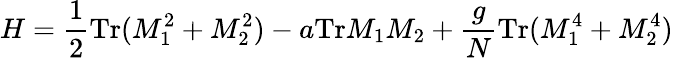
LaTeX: H={\frac{1}{2}}\mathrm{Tr}(M_{1}^{2}+M_{2}^{2})-a\mathrm{Tr}M_{1}M_{2}+{\frac{g}{N}}\mathrm{Tr}(M_{1}^{4}+M_{2}^{4})